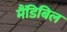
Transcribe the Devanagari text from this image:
मैंडिबिल